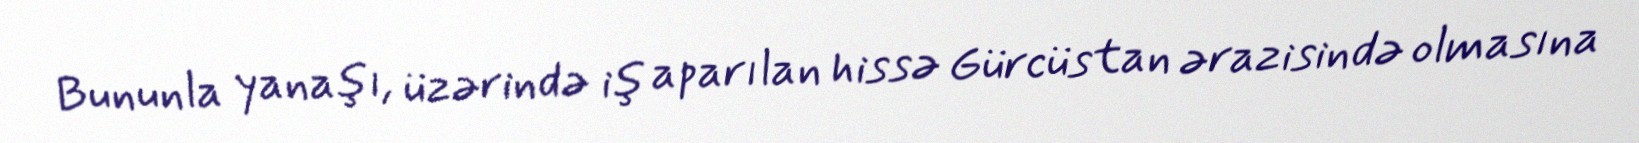
Bununla yanaşı, üzərində iş aparılan hissə Gürcüstan ərazisində olmasına